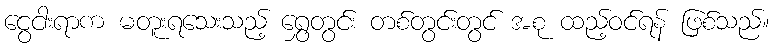
ငွေငါးရာက မတူးရသေးသည့် ရွှေတွင်း တစ်တွင်းတွင် အစု ထည့်ဝင်ရန် ဖြစ်သည်။